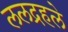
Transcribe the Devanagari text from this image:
ललद्रहले